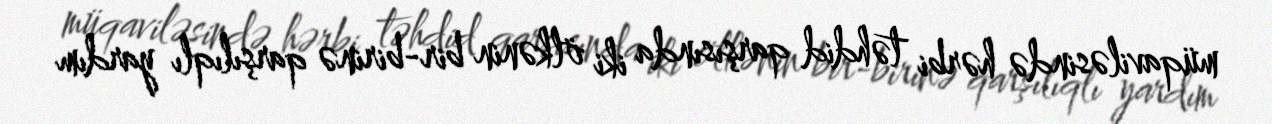
müqaviləsində hərbi təhdid qarşısında iki ölkənin bir-birinə qarşılıqlı yardım